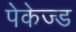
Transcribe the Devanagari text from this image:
पेकेज्ड